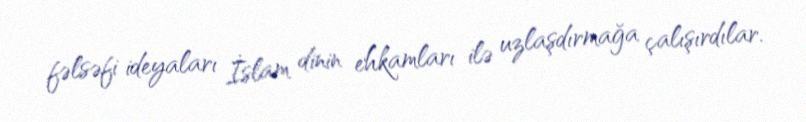
fəlsəfi ideyaları İslam dinin ehkamları ilə uzlaşdırmağa çalışırdılar.